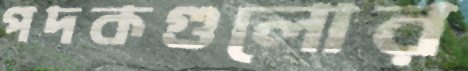
পদকগুলোর